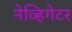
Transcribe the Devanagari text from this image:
नेव्हिगेटर